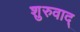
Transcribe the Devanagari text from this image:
शुरुवाद्